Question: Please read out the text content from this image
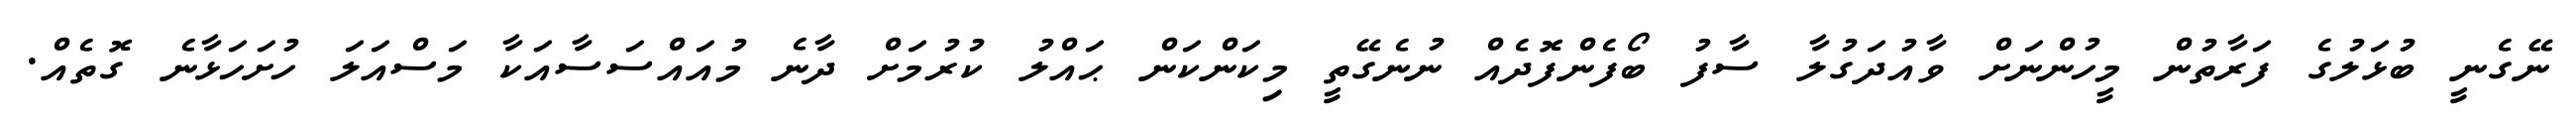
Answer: ނޭގެނީ ބުޅަލުގެ ފަރާތުން މީހުންނަށް ވާއުދަގުލާ ސާފު ބޯފެންފޮދެއް ނުނެގޭތީ މިކަންކަން ޙައްލު ކުރުމަށް ދާނެ މުއައްސަސާއަކާ މަސްއަލަ ހުށަހަޅާނެ ގޮތެއް.